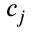
c _ { j }